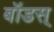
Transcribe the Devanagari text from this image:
बॉडस्